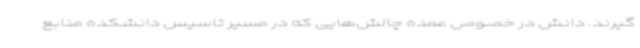
گیرند. دانش در خصوص عمده چالش‌هایی که در مسیر تاسیس دانشکده منابع